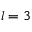
l = 3